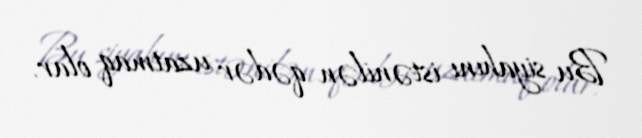
Bu siyahını istənilən qədər uzatmaq olar.